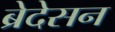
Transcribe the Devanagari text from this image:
ब्रेदेसन